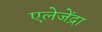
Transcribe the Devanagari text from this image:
एलेजेंद्रा